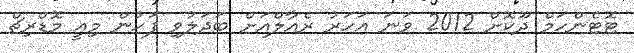
ޓޮޓެންހަމް ދޫކޮށް 2012 ވަނަ އަހަރު ރެއާލްއަށް ބަދަލުވި ފަހުން މިއީ މޮޑްރިޗް